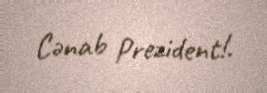
Cənab Prezident!.